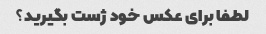
لطفا برای عکس خود ژست بگیرید؟